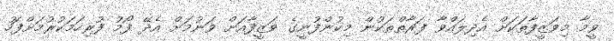
ވީމާ މިވަޒީފާތަކަށް އެދިލައްވާ ފަރާތްތަކުން މިކުންފުނީގެ ވަޒީފާއަށް ވަނުމަށް އެދޭ ފޯމު ފުރިހަމަކުރުމަށްފަހު